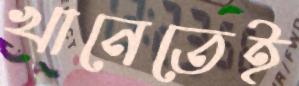
খানেতেই